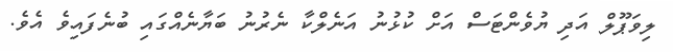
ލިވަޕޫލް އަދި ޔުވެންޓަސް އަށް ކުޅުނު އަނެލްކާ ނެރުނު ބަޔާނެއްގައި ބުނެފައިވެ އެވެ.